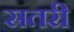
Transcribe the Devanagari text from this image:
सतरी